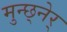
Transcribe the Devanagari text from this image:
मुन्छ्नेर्